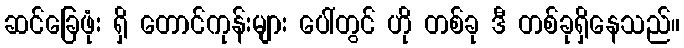
ဆင်ခြေဖုံး ရှိ တောင်ကုန်းများ ပေါ်တွင် ဟို တစ်ခု ဒီ တစ်ခုရှိနေသည်။